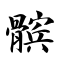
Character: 髌